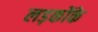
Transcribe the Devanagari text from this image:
लड़कोंके